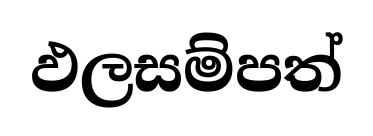
ඵලසම්පත්